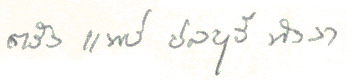
ตรังแพร่ชลบุรีพังงา